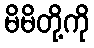
မိမိတို့ကို